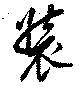
装